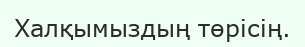
Халқымыздың төрісің.